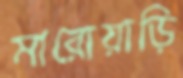
মারোয়াড়ি